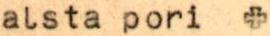
alsta pori